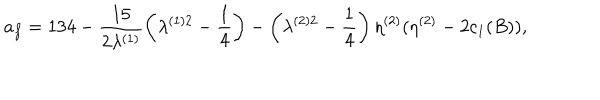
a _ { f } = 1 3 4 - \frac { 1 5 } { 2 \lambda ^ { ( 1 ) } } \left( \lambda ^ { ( 1 ) 2 } - \frac { 1 } { 4 } \right) - \left( \lambda ^ { ( 2 ) 2 } - \frac { 1 } { 4 } \right) \eta ^ { ( 2 ) } ( \eta ^ { ( 2 ) } - 2 c _ { 1 } ( B ) ) ,